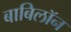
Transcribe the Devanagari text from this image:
बाबिलॉन